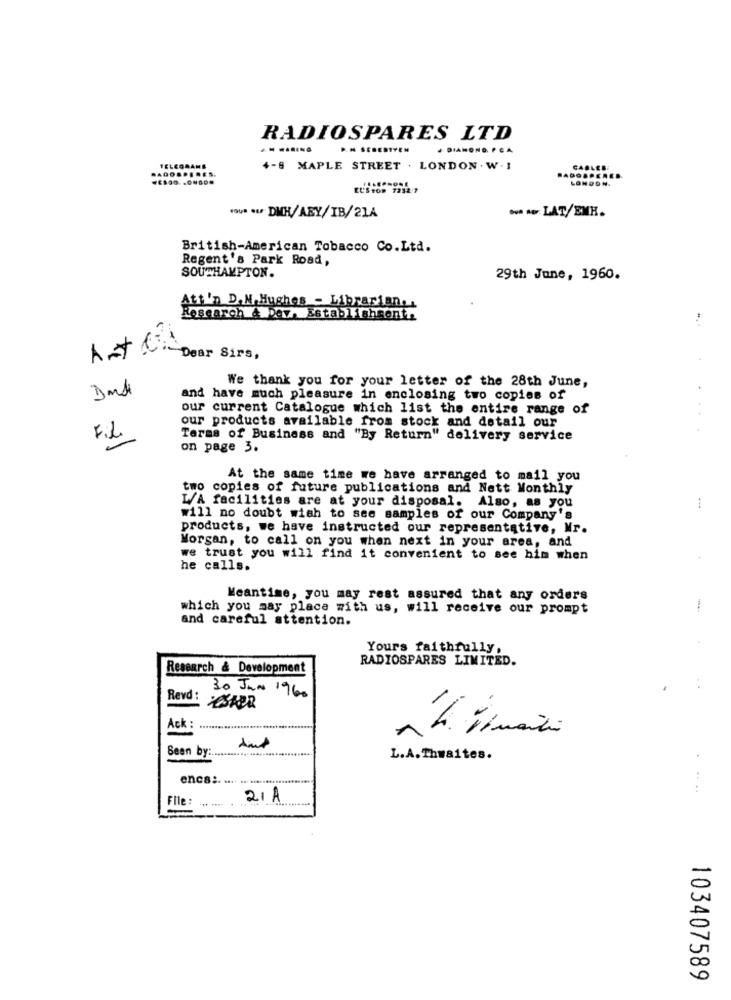
RADIOSPARES LTD
..
. ..
4-8 MAPLE STREET . LONDON . W. I
ELSTOD 7232 7
YOU* * w DMH/ABY/IB/21A
British-American Tobacco Co.Ltd.
Regent's Park Road,
SOUTHAMPTON.
29th June, 1960.
Att'n D.M. Hughes - Librarian ..
Research & Dev, Establishment.
We thank you for your letter of the 28th June,
and have much pleasure in enclosing two copies of
our current Catalogue which list the entire range of
our products available from stock and detail our
Fil
Taras of Business and "By Return" delivery service
on page 3.
At the same time we have arranged to mail you
two copies of future publications and Nett Monthly
:
L/A facilities are at your disposal. Also, as you
will no doubt wish to see samples of our Company's
products, we have instructed our representative, Mr.
Morgan, to call on you when next in your area, and
we trust you will find it convenient to see him when
he calls.
Meantime, you may rest assured that any orders
which you may place with us, will receive our prompt
and careful attention.
Yours faithfully,
RADIOSPARES LIMITED.
Research & Development
30 Jun 1960
ELSADR
Ack :
Seen by :..................................
L.A.Thwaites.
encs :.
....
File:
21 A
-
103407589